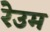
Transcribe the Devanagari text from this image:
रेउम